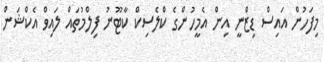
މިފަހުން އައިސް ޑިޒްނީ އިން އެމީހުންގެ ކްލެސިކް ކާޓޫނު ފިލްމުތައް ލައިވް އެކްޝަން